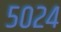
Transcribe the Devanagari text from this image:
५०२४